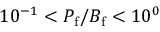
1 0 ^ { - 1 } < P _ { \mathrm { f } } / B _ { \mathrm { f } } < 1 0 ^ { 0 }